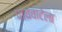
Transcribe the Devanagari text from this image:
पायवाटेला